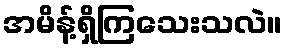
အမိန့်ရှိကြသေးသလဲ။